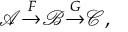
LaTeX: { \mathcal { A } } { \stackrel { F } { \rightarrow } } { \mathcal { B } } { \stackrel { G } { \rightarrow } } { \mathcal { C } } ,